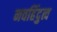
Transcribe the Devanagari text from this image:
नवहिंदुत्व